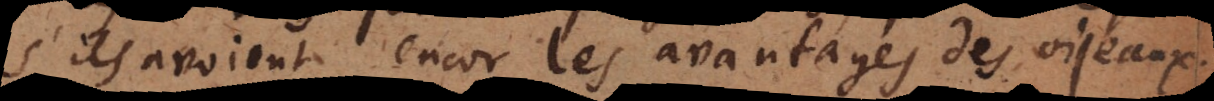
s’ils avoient encor les avantages des oiseaux.